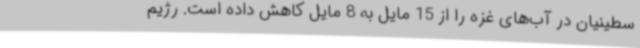
سطینیان در آب‌های غزه را از 15 مایل به 8 مایل کاهش داده است. رژیم